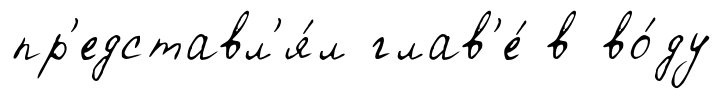
пр'едставл'я́л глав'е́ в во́ду